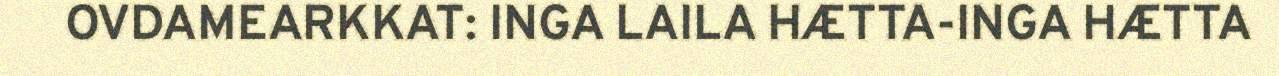
OVDAMEARKKAT: INGA LAILA HÆTTA-INGA HÆTTA